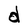
Character: d